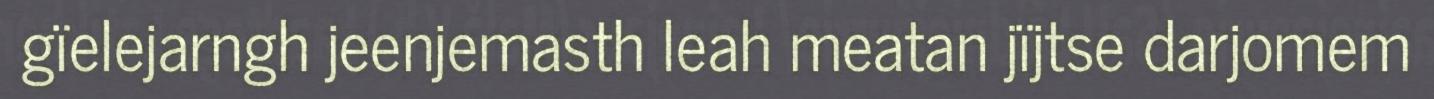
gïelejarngh jeenjemasth leah meatan jïjtse darjomem